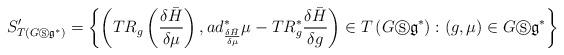
LaTeX: \begin{align*}S_{T\left( G\circledS \mathfrak{g}^{\ast }\right) }^{\prime}=\left\{ \left( TR_{g}\left( \frac{\delta \bar{H}}{\delta \mu}\right) ,ad_{\frac{\delta\bar{H}}{\delta \mu }}^{\ast }\mu -TR_{g}^{\ast }\frac{\delta \bar{H}}{\delta g}\right) \in T\left( G\circledS \mathfrak{g}^{\ast }\right):\left( g,\mu \right) \in G\circledS \mathfrak{g}^{\ast }\right\}\end{align*}